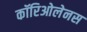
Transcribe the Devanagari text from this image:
कॉरिओलेनस